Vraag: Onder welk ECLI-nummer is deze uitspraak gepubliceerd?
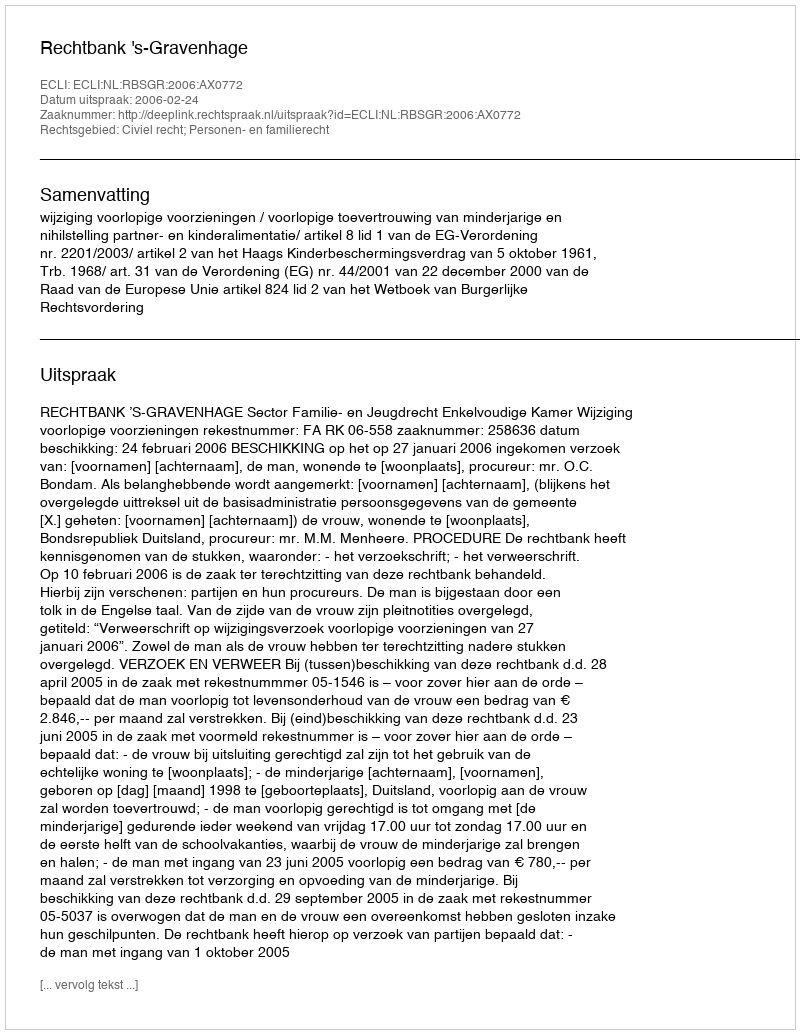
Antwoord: ECLI:NL:RBSGR:2006:AX0772